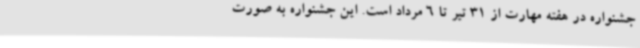
جشنواره در هفته مهارت از 31 تیر تا 6 مرداد است. این جشنواره به صورت